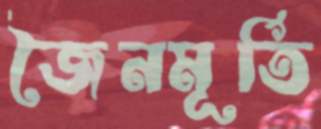
জৈনমূর্তি